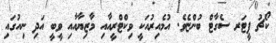
ކޯޗު ޕީޓަރ ސެގާޓް ބުންޏެވެ. އުމެއިރުއަކީ ވިކްޓްރީއާއި މާޒިޔާއާއި ވީބީ އަދި ނިއުގައި